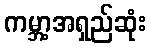
ကမ္ဘာ့အရှည်ဆုံး